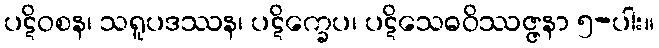
ပဋိဝစန၊ သရူပဒဿန၊ ပဋိက္ခေပ၊ ပဋိသေဓဝိဿဇ္ဇနာ ၅-ပါး။